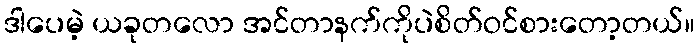
ဒါပေမဲ့ ယခုတလော အင်တာနက်ကိုပဲစိတ်ဝင်စားတော့တယ်။